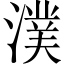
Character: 𣾴